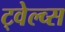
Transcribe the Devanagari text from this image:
ट्वेल्व्स